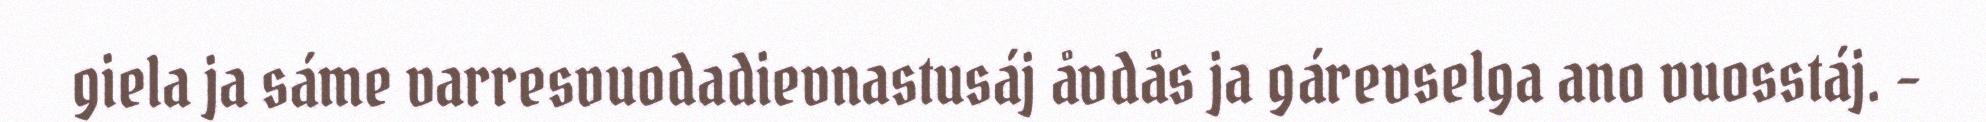
giela ja sáme varresvuodadievnastusáj åvdås ja gárevselga ano vuosstáj. -